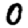
Digit: 0